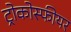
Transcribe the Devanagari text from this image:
ट्रोकोस्फीयर